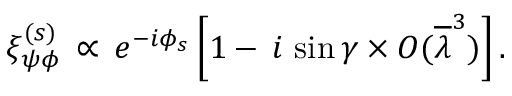
\xi _ { \psi \phi } ^ { ( s ) } \, \propto \, e ^ { - i \phi _ { s } } \left[ 1 - \, i \, \sin \gamma \times { \cal O } ( \overline { { { \lambda } } } ^ { 3 } ) \right] .